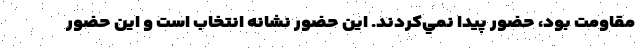
مقاومت بود، حضور پيدا نمي‌كردند. اين حضور نشانه انتخاب است و اين حضور